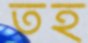
তহ